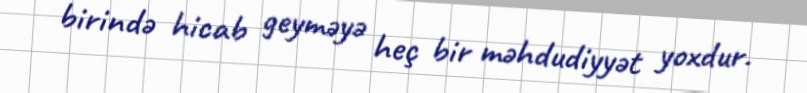
birində hicab geyməyə heç bir məhdudiyyət yoxdur.